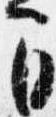
間